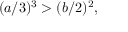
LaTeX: ( a / 3 ) ^ { 3 } > ( b / 2 ) ^ { 2 } ,